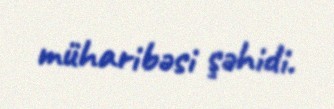
müharibəsi şəhidi.